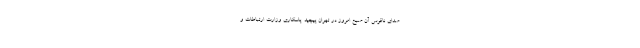
صدای ناقوس آن صبح امروز در تهران پیچید. پاسکاری وزارت ارتباطات و